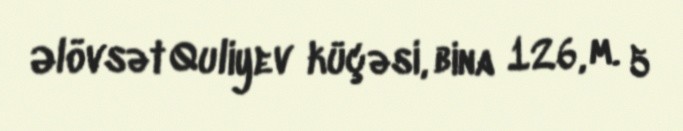
Əlövsət Quliyev küçəsi, bina 126, m. 5